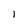
Character: 1